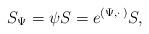
LaTeX: \begin{align*} S_{\Psi}=\psi S=e^{(\Psi ,\cdot\, )}S,\end{align*}